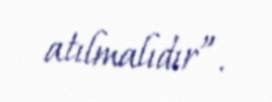
atılmalıdır”.